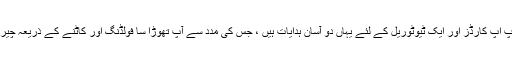
ابتدائی افراد کے لئے ، تخلیقی پاپ اپ کارڈز اور ایک ٹیوٹوریل کے لئے یہاں دو آسان ہدایات ہیں ، جس کی مدد سے آپ تھوڑا سا فولڈنگ اور کاٹنے کے ذریعہ چیری کے سادہ پھول بنا سکتے ہیں۔